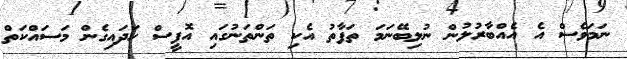
ނަމަވެސް އެ އެއްބާރުލުން ނުލިބޭނަމަ ތަފާތު އެކި ތަންތަނުގައި އޮފީސް ހަދައިގެން މަސައްކަތް